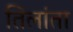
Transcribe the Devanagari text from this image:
तिलांता